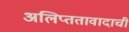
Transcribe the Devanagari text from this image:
अलिप्ततावादाची